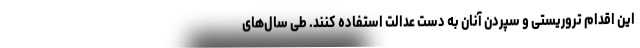
این اقدام تروریستی و سپردن آنان به دست عدالت استفاده کنند. طی سال‌های